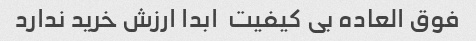
فوق العاده بی کیفیت  ابدا ارزش خرید ندارد